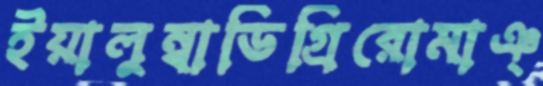
ইয়ালুম্বাডিগ্রিরোমাঞ্